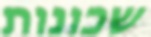
שכונות